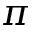
\pi